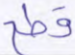
قطع